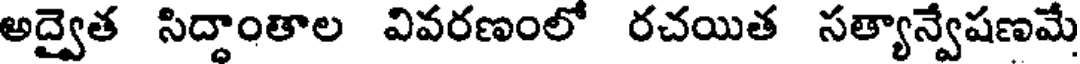
అద్వైత సిద్దాంతాల వివరణంలో రచయిత సత్యాన్వేషణమే